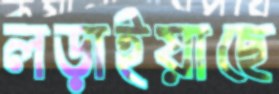
লড়াইয়াছে